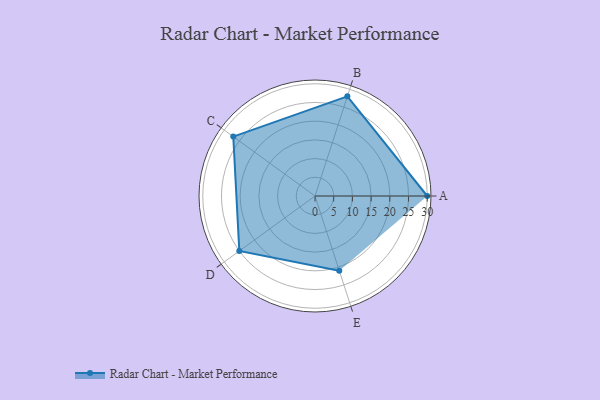
{"axis": {"x": "Skill", "y": "Score"}, "legend": ["Profile"], "data": [{"x": "A", "y": 30.0, "type": "Profile"}, {"x": "B", "y": 28.0, "type": "Profile"}, {"x": "C", "y": 27.0, "type": "Profile"}, {"x": "D", "y": 25.0, "type": "Profile"}, {"x": "E", "y": 21.0, "type": "Profile"}]}